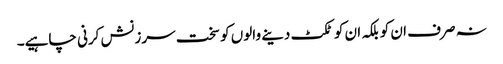
نہ صرف ان کو بلکہ ان کو ٹکٹ دینے والوں کو سخت سرزنش کرنی چاہیے۔